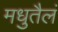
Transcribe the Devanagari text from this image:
मधुतैलं